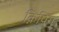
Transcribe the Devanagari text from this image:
क्निपिंग